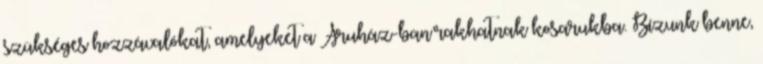
szükséges hozzávalókat, amelyeket a Áruház-ban rakhatnak kosarukba. Bízunk benne,